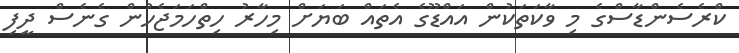
ކްރެސެންޑާސްގެ މި ވާކަތަކުން އައްޑޫގެ އެތައް ބަޔަށް މިހާރު ހިތްހަމަޖެހުން ގެނެސް ދީފި